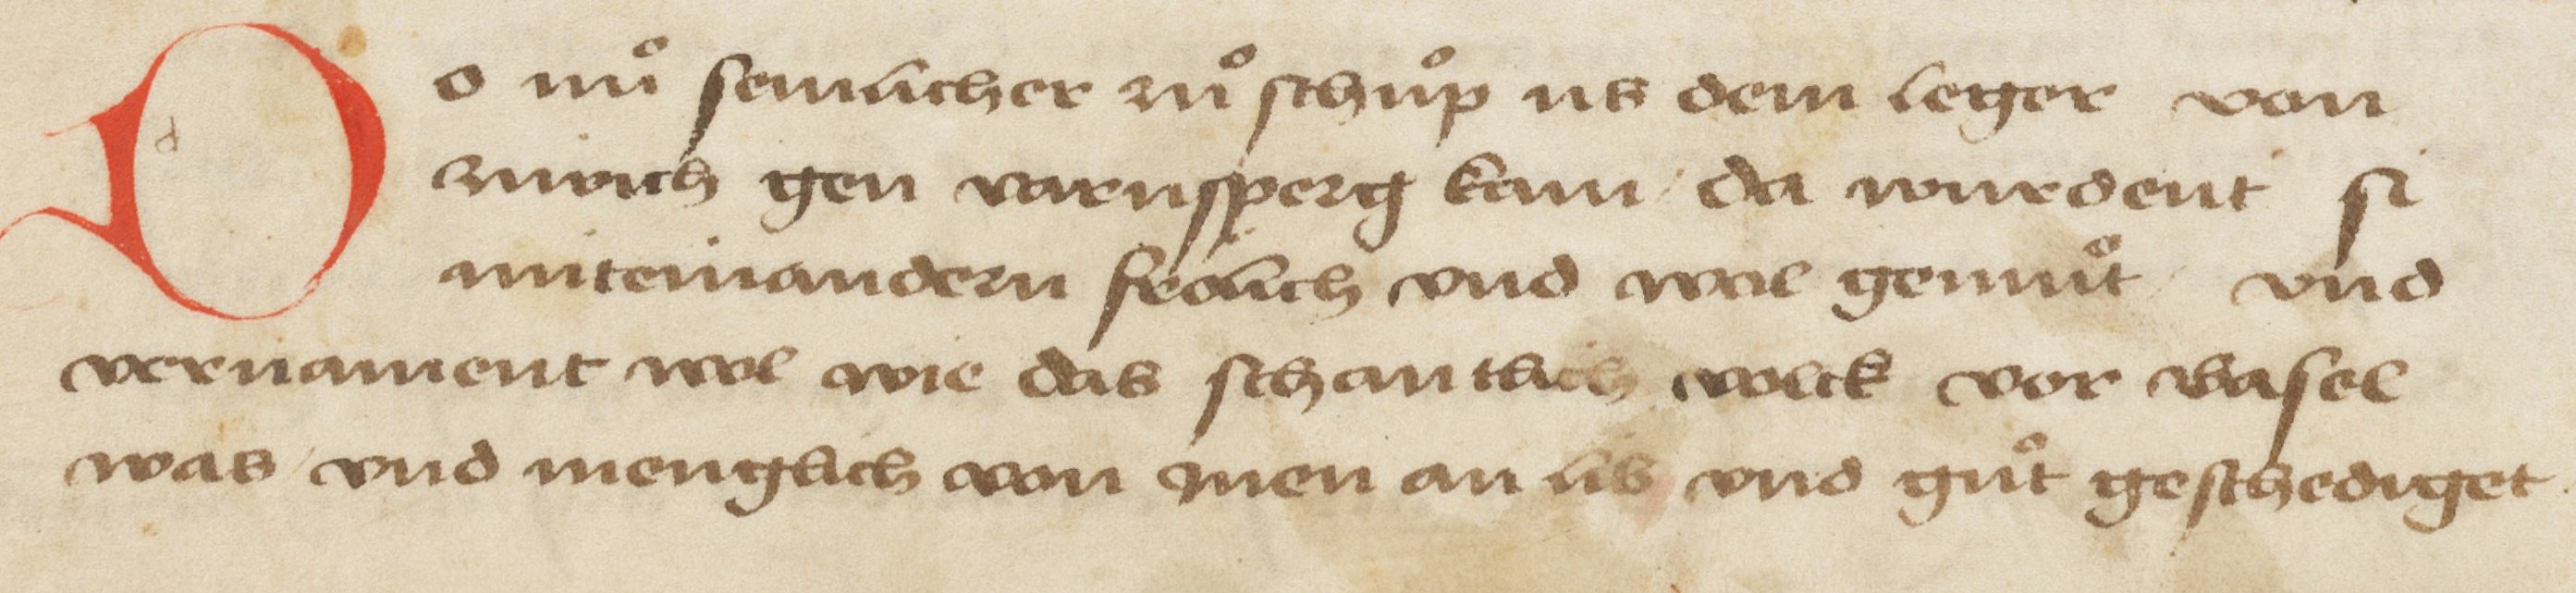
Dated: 1478–1483